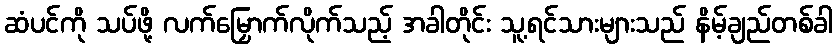
ဆံပင်ကို သပ်ဖို့ လက်မြှောက်လိုက်သည့် အခါတိုင်း သူ့ရင်သားများသည် နိမ့်ချည်တစ်ခါ